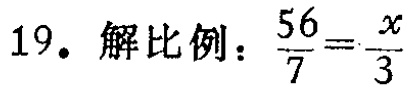
19. 解比例：$\frac{56}{7}=\frac{x}{3}$